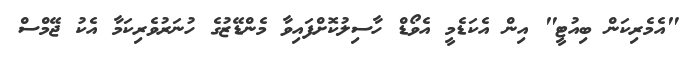
"އެމެރިކަން ބިއުޓީ" އިން އެކަޑެމީ އެވޯޑް ހާސިލުކޮށްފައިވާ މެންޑޭޒުގެ ހުނަރުވެރިކަމާ އެކު ޖޭމްސް